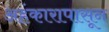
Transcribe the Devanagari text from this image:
अहंकारापासून